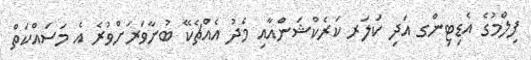
ފިލްމުގެ އެޑިޓިންގ އަދި ކަލަރ ކަރެކްޝަންއާއި މެދު އެއްޗެކޭ ބުނާވަރަށްވުރެ އެ މަސައްކަތް